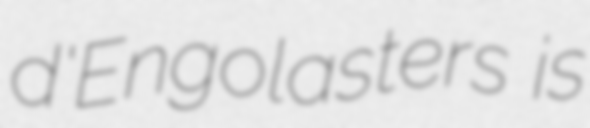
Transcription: d'Engolasters  is